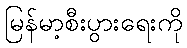
မြန်မာ့စီးပွားရေးကို